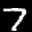
Label: 7